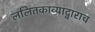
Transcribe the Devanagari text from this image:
ललितकाव्याद्वाराच